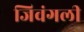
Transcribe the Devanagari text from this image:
जिवंगली